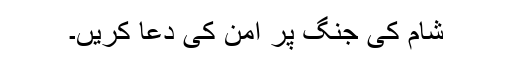
شام کی جنگ پر امن کی دعا کریں۔